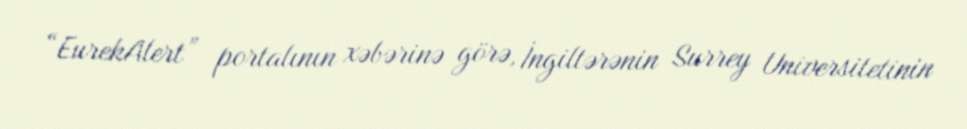
“EurekAlert” portalının xəbərinə görə, İngiltərənin Surrey Universitetinin